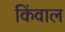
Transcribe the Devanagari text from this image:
किंवाल